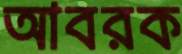
আবরক